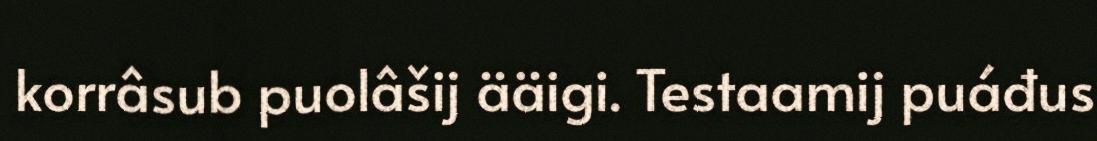
korrâsub puolâšij ääigi. Testaamij puáđus